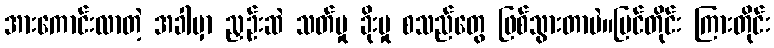
အားကောင်းလာတဲ့ အခါမှာ ညှဉ်းဆဲ သတ်မှု ခိုးမှု စသည်တွေ ဖြစ်သွားတာပဲ။မြင်တိုင်း ကြားတိုင်း